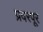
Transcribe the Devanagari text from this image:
प्रवरपूर